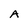
Character: A